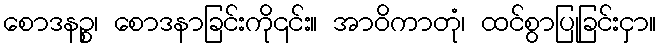
စောဒနဉ္စ၊ စောဒနာခြင်းကို၎င်း။ အာဝိကာတုံ၊ ထင်စွာပြုခြင်းငှာ။